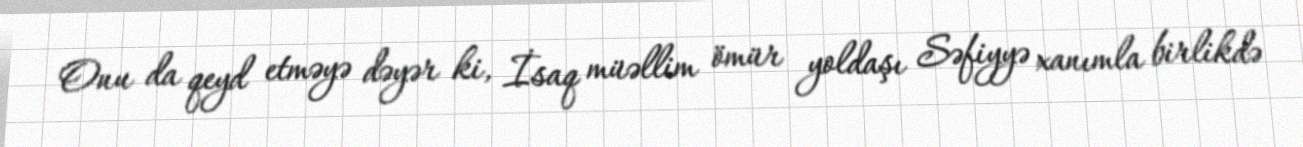
Onu da qeyd etməyə dəyər ki, İsaq müəllim ömür yoldaşı Səfiyyə xanımla birlikdə